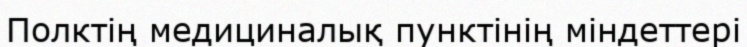
Полктің медициналық пунктінің міндеттері